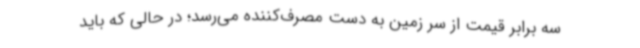
سه برابر قیمت از سر زمین به دست مصرف‌کننده می‌رسد؛ در حالی که باید